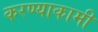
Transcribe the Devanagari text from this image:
करण्याकामी